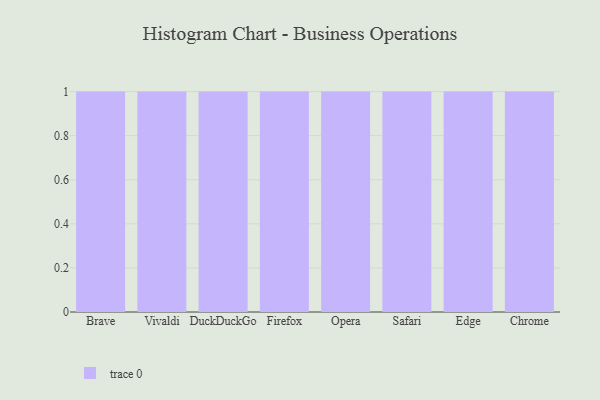
{"axis": {"x": "Browser", "y": "Temperature (°C)"}, "legend": [""], "data": [{"x": "Brave", "y": 85, "type": ""}, {"x": "Vivaldi", "y": 94, "type": ""}, {"x": "DuckDuckGo", "y": 13, "type": ""}, {"x": "Firefox", "y": 37, "type": ""}, {"x": "Opera", "y": 84, "type": ""}, {"x": "Safari", "y": 80, "type": ""}, {"x": "Edge", "y": 31, "type": ""}, {"x": "Chrome", "y": 6, "type": ""}]}